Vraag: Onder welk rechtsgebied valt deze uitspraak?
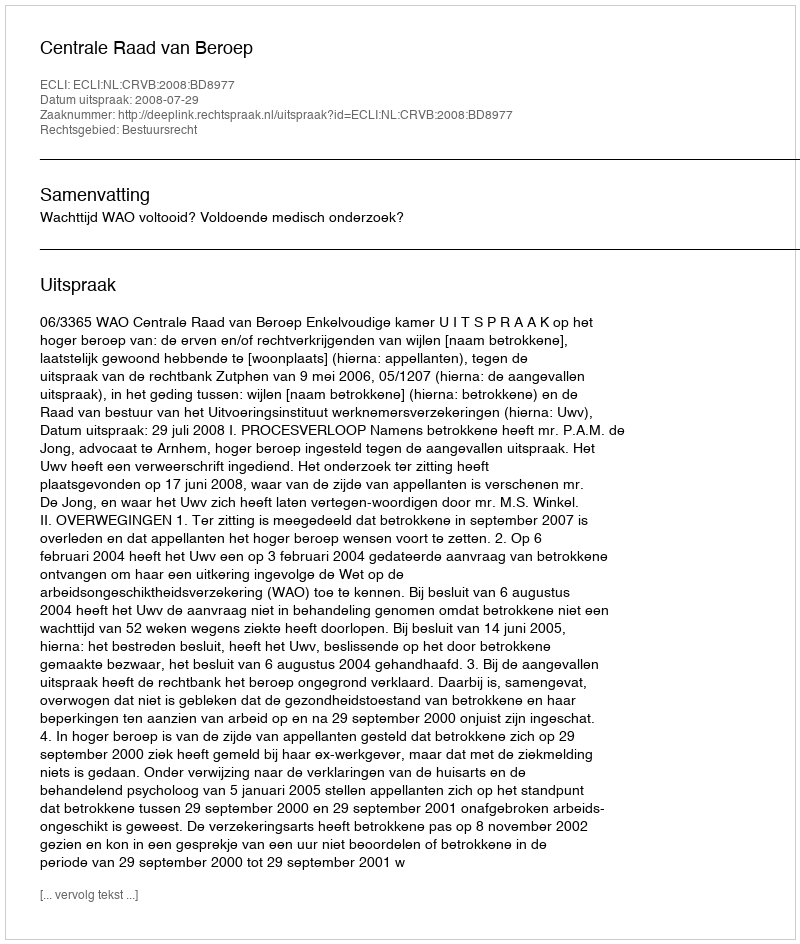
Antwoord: Bestuursrecht